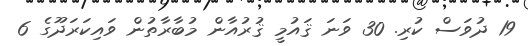
19 ދުވަސް ކުރި. 30 ވަނަ ޤައުމީ ޤުރުއާން މުބާރާތުން ވައިކަރަދޫގެ 6